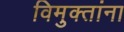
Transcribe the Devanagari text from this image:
विमुक्तांना